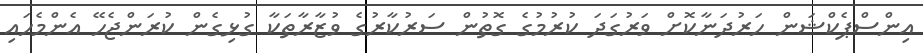
އިންސްޕެކްޝަން ހަރުދަނާކޮށް ވަރުގަދަ ކުރުމުގެ ގޮތުން ސަރުކާރުގެ ވުޒާރާތަކާ ގުޅިގެން ކުރަންޖެހޭ އެންމެހައި